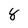
Character: 8